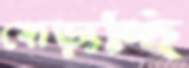
মোড়াচ্ছি